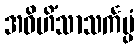
အဝိဟိံသာသင်္ကပ္ပံ